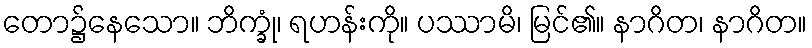
တော၌နေသော။ ဘိက္ခုံ၊ ရဟန်းကို။ ပဿာမိ၊ မြင်၏။ နာဂိတ၊ နာဂိတ။